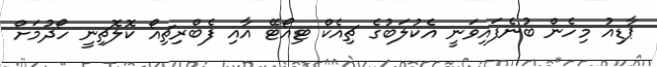
ޕާޑިއު މިހެން ބުނެފައިވަނީ އެކުލަބުގެ ޗިއެކް ޓިއޯޓޭ އާއި ފެބްރިޗިއޯ ކޮލޮޗިނީ ހޯދުމަށް